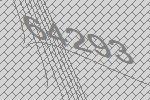
64293